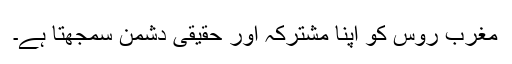
مغرب روس کو اپنا مشترکہ اور حقیقی دشمن سمجھتا ہے۔